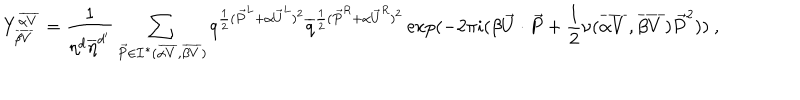
Y _ { \overline { { { \beta V } } } } ^ { \overline { { { \alpha V } } } } = { \frac { 1 } { \eta ^ { d } { \overline { { \eta } } } ^ { d ^ { \prime } } } } \sum _ { { \vec { P } } \in { \cal I } ^ { * } ( { \overline { { { \alpha V } } } } , { \overline { { { \beta V } } } } ) } q ^ { { \frac { 1 } { 2 } } ( { \vec { P } } ^ { L } + \alpha { \vec { U } } ^ { L } ) ^ { 2 } } { \overline { { q } } } ^ { { \frac { 1 } { 2 } } ( { \vec { P } } ^ { R } + \alpha { \vec { U } } ^ { R } ) ^ { 2 } } \exp ( - 2 \pi i ( \beta { \vec { U } } \cdot { \vec { P } } + { \frac { 1 } { 2 } } \nu ( { \overline { { { \alpha V } } } } , { \overline { { { \beta V } } } } ) { \vec { P } } ^ { 2 } ) ) ~ ,